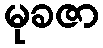
မုခဇာ